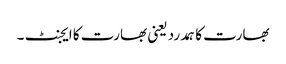
بھارت کا ہمدرد یعنی بھارت کا ایجنٹ ۔